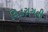
વિતરાગની